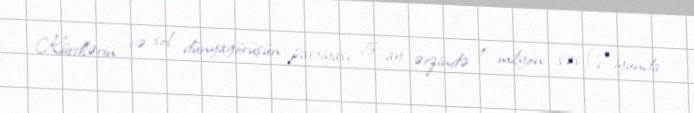
Kürdlərin və sol dünyagörüşün partiyası 5 ay ərzində 1 milyon səs (7 iyunda